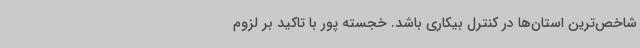
شاخص‌ترین استان‌ها در کنترل بیکاری باشد. خجسته پور با تاکید بر لزوم